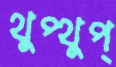
থুপ্‌থুপ্‌